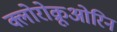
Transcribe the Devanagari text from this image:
क्लोरोक्रूओरिन